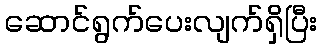
ဆောင်ရွက်ပေးလျက်ရှိပြီး